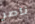
ناصر